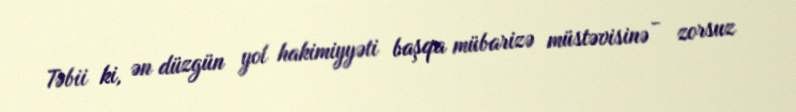
Təbii ki, ən düzgün yol hakimiyyəti başqa mübarizə müstəvisinə - zorsuz